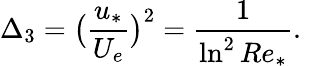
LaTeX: \Delta_{3}=\big(\frac{u_{*}}{U_{e}}\big)^{2}=\frac{1}{\ln^{2}Re_{*}}.\